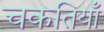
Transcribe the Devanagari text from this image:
चकतियाँ